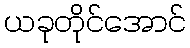
ယခုတိုင်အောင်